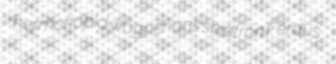
hermokopid wagnerians skiatron Ferdus